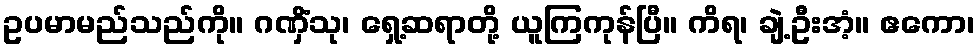
ဥပမာမည်သည်ကို။ ဂဏှိံသု၊ ရှေ့ဆရာတို့ ယူကြကုန်ပြီ။ ကိရ၊ ချဲ့ဦးအံ့။ ဧကော၊